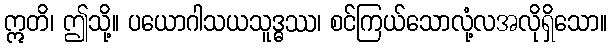
ဣတိ၊ ဤသို့။ ပယောဂါသယသူဒ္ဓဿ၊ စင်ကြယ်သောလုံ့လအလိုရှိသော။